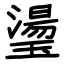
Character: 璗